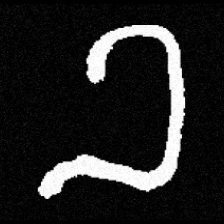
Pyu character \u2014 Myanmar letter: ခ (romanized: kha)